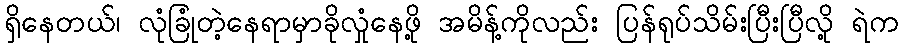
ရှိနေတယ်၊ လုံခြုံတဲ့နေရာမှာခိုလှုံနေဖို့ အမိန့်ကိုလည်း ပြန်ရုပ်သိမ်းပြီးပြီလို့ ရဲက